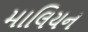
માલિયન